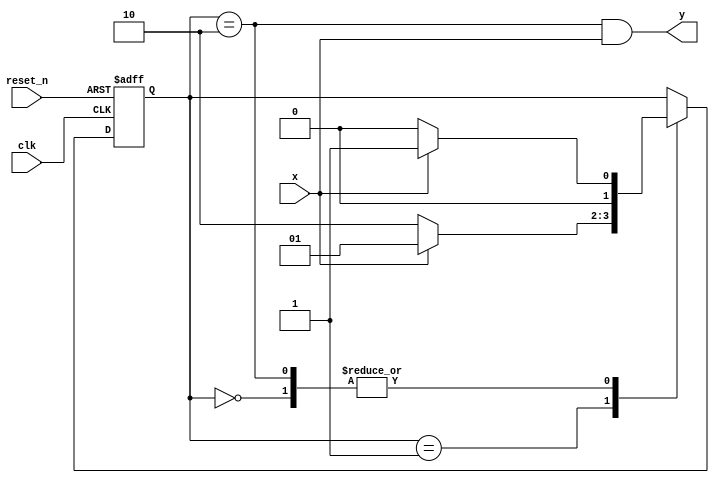
module mealy_101_detector(input clk,
    input reset_n,
    input x,
    output y
    );
    
    reg [1:0] state_reg, state_next;
    localparam s0 = 0;
    localparam s1 = 1;
    localparam s2 = 2;
    localparam s3 = 3;
    
    // State register
    always @(posedge clk, negedge reset_n)
    begin
        if (~reset_n)
            state_reg <= s0;
        else
            state_reg <= state_next;
    end
    
    // Next state logic
    always @(*)
    begin
        case(state_reg)
            s0: if(x)
                    state_next = s1;
                else
                    state_next = s0;                
            s1: if(x)
                    state_next = s1;
                else
                    state_next = s2;                 
            s2: if(x)
                    state_next = s1;
                else
                    state_next = s0;            
            default: state_next = state_reg;            
        endcase
    end
    
    // Output logic
    assign y = (state_reg == s2) & x;
endmodule